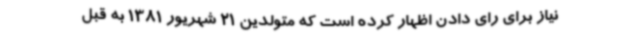
نیاز برای رای دادن اظهار کرده است که متولدین 21 شهریور 1381 به قبل